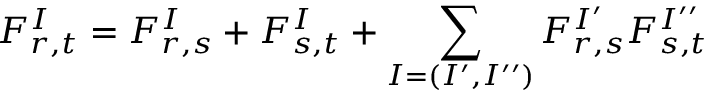
F _ { r , t } ^ { I } = F _ { r , s } ^ { I } + F _ { s , t } ^ { I } + \sum _ { I = ( I ^ { \prime } , I ^ { \prime \prime } ) } F _ { r , s } ^ { I ^ { \prime } } F _ { s , t } ^ { I ^ { \prime \prime } }